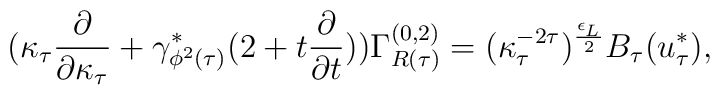
(\kappa_{\tau} \frac{\partial}{\partial \kappa_{\tau}} + \gamma_{\phi^2 (\tau)}^{*} (2 + t\frac {\partial}{\partial t})) \Gamma_{R (\tau)}^{(0,2)} =  (\kappa_{\tau}^{-2 \tau})^{\frac{\epsilon_{L}}{2}} B_{\tau}(u_{\tau}^{*}) ,